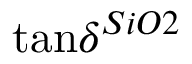
\tan \! \delta ^ { S i O 2 }